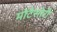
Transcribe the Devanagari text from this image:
मोंटेसोरी